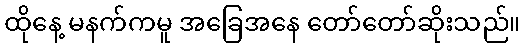
ထိုနေ့ မနက်ကမူ အခြေအနေ တော်တော်ဆိုးသည်။